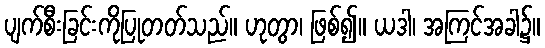
ပျက်စီးခြင်းကိုပြုတတ်သည်။ ဟုတွာ၊ ဖြစ်၍။ ယဒါ၊ အကြင်အခါ၌။